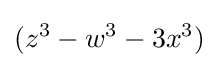
(z^{3}-w^{3}-3x^{3})